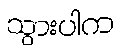
သွားပါက